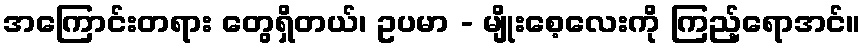
အကြောင်းတရား တွေရှိတယ်၊ ဥပမာ - မျိုးစေ့လေးကို ကြည့်ရောအင်။